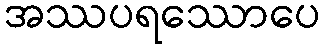
အဿပရဿောပေ